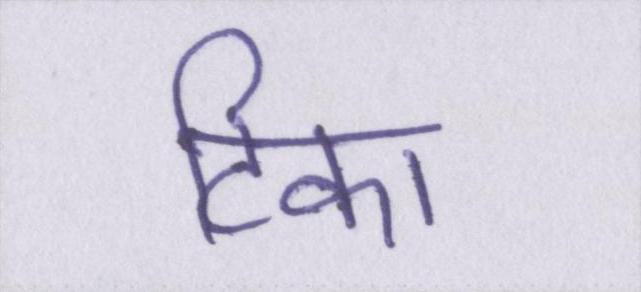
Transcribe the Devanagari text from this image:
टिका